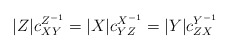
\begin{align*}|Z|c^{Z^{-1}}_{XY}=|X|c^{X^{-1}}_{YZ}=|Y|c^{Y^{-1}}_{ZX}\end{align*}